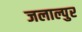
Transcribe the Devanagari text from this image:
जलाल्पुर